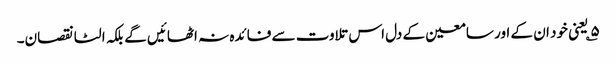
۵؎ یعنی خود ان کے اور سامعین کے دل اس تلاوت سے فائدہ نہ اٹھائیں گے بلکہ الٹا نقصان۔